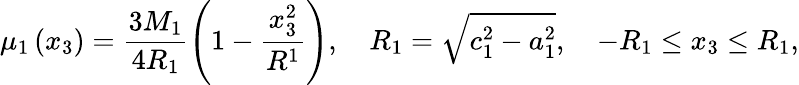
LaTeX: \mu_{1}\left(x_{3}\right)=\displaystyle\frac{3M_{1}}{4R_{1}}\left(1-\frac{x_{3}^{2}}{R^{1}}\right),\quad R_{1}=\sqrt{c_{1}^{2}-a_{1}^{2}},\quad-R_{1}\leq x_{3}\leq R_{1},